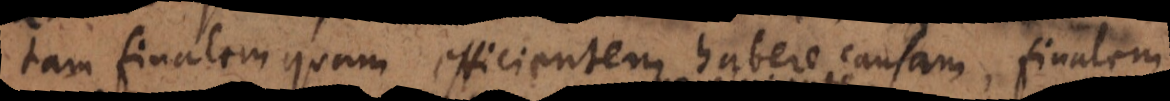
tam finalem quam efficientem habere causam, finalem